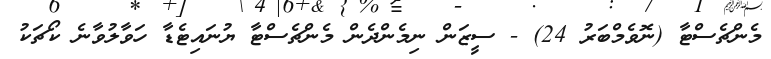
މެންޗެސްޓާ (ނޮވެމްބަރު 24) - ސީޒަން ނިމެންދެން މެންޗެސްޓާ ޔުނައިޓެޑާ ހަވާލުވާނެ ކޯޗަކު